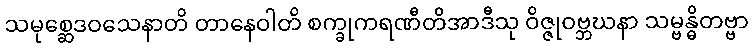
သမုစ္ဆေဒဝသေနာတိ တာနေဝါတိ စက္ခုကရဏီတိအာဒီသု ဝိဇ္ဇုဝဗ္ဘဃနာ သမ္ဗန္ဓိတဗ္ဗာ